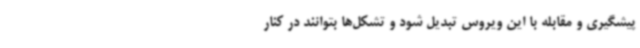
پیشگیری و مقابله با این ویروس تبدیل شود و تشکل‌ها بتوانند در کنار